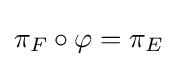
\pi _{F}\circ \varphi =\pi _{E}